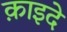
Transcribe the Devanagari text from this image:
क़ाइदे